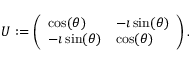
\begin{array} { r } { U : = \left( \begin{array} { l l } { \cos ( \theta ) } & { - \imath \sin ( \theta ) } \\ { - \imath \sin ( \theta ) } & { \cos ( \theta ) } \end{array} \right) . } \end{array}